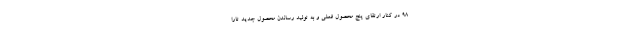
۹۸ در کنار ارتقای پنج محصول فعلی و به تولید رساندن محصول جدید تارا